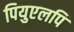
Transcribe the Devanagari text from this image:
पियुएलपि